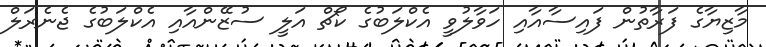
މާޒިޔާގެ ފަރާތުން ފައިސާއާއި ހަވާލުވީ އެކްލަބުގެ ކޯޗް އަލީ ސުޒޭންއާއި އެކްލަބުގެ ޖެނެރަލް